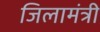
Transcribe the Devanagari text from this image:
जिलामंत्री